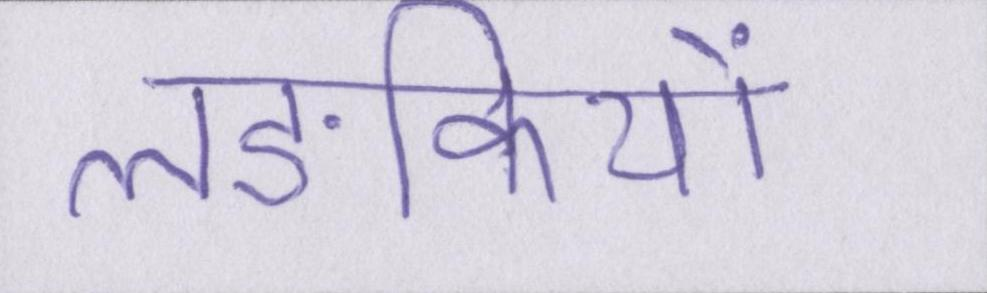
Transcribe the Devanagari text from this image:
लङकियों